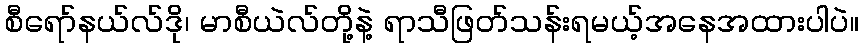
စီရော်နယ်လ်ဒို၊ မာစီယဲလ်တို့နဲ့ ရာသီဖြတ်သန်းရမယ့်အနေအထားပါပဲ။